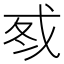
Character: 𰒦